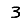
Digit: 3